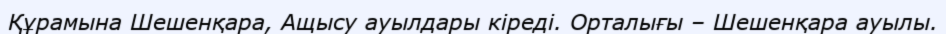
Құрамына Шешенқара, Ащысу ауылдары кіреді. Орталығы – Шешенқара ауылы.